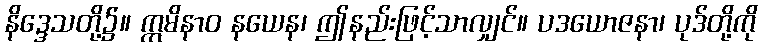
နိဒ္ဒေသတို့၌။ ဣမိနာဝ နယေန၊ ဤနည်းဖြင့်သာလျှင်။ ပဒယောဇနာ၊ ပုဒ်တို့ကို